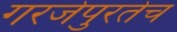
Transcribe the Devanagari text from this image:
गरजेपुरतेच